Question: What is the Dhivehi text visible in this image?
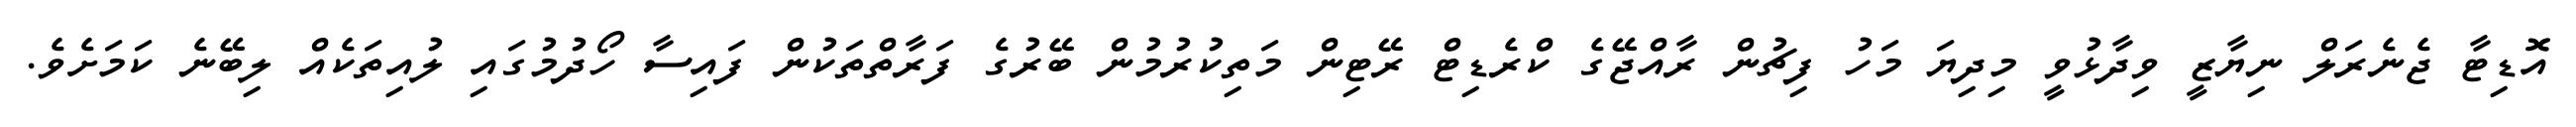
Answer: އޮޑިޓާ ޖެނެރަލް ނިޔާޒީ ވިދާޅުވީ މިދިޔަ މަހު ފިޗުން ރާއްޖޭގެ ކްރެޑިޓް ރޭޓިން މަތިކުރުމުން ބޭރުގެ ފަރާތްތަކުން ފައިސާ ހޯދުމުގައި ލުއިތަކެއް ލިބޭނެ ކަމަށެވެ.